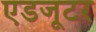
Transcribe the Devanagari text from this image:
एडजूटर